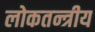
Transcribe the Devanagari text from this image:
लोकतन्त्रीय